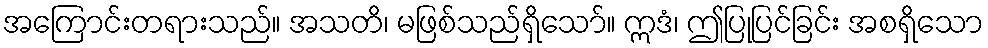
အကြောင်းတရားသည်။ အသတိ၊ မဖြစ်သည်ရှိသော်။ ဣဒံ၊ ဤပြုပြင်ခြင်း အစရှိသော